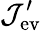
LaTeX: \mathcal{J}_{\mathrm{{ev}}}^{\prime}